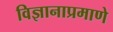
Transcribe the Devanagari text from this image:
विज्ञानाप्रमाणे